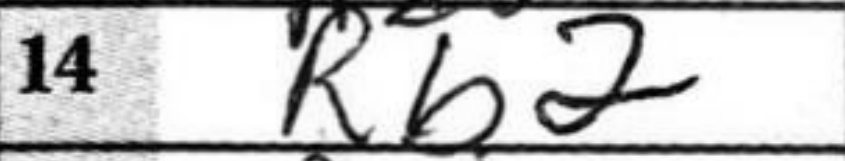
Transcription: Rb2